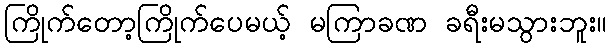
ကြိုက်တော့ကြိုက်ပေမယ့် မကြာခဏ ခရီးမသွားဘူး။